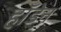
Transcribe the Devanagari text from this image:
हॉडेन